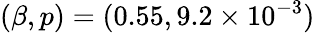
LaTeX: (\beta,p)=(0.55,9.2\times 10^{-3})